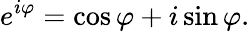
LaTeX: e^{i\varphi}=\cos\varphi+i\sin\varphi.